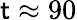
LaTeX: \mathsf{t}\approx90